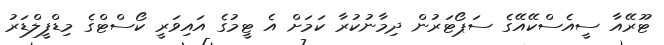
ޓޫރޭއާ ސީއެސްކޭއޭގެ ސަޕޯޓަރުން ދިމާނުކުރާ ކަމަށް އެ ޓީމުގެ އައިވަރީ ކޯސްޓްގެ މިޑްފީލްޑަރު